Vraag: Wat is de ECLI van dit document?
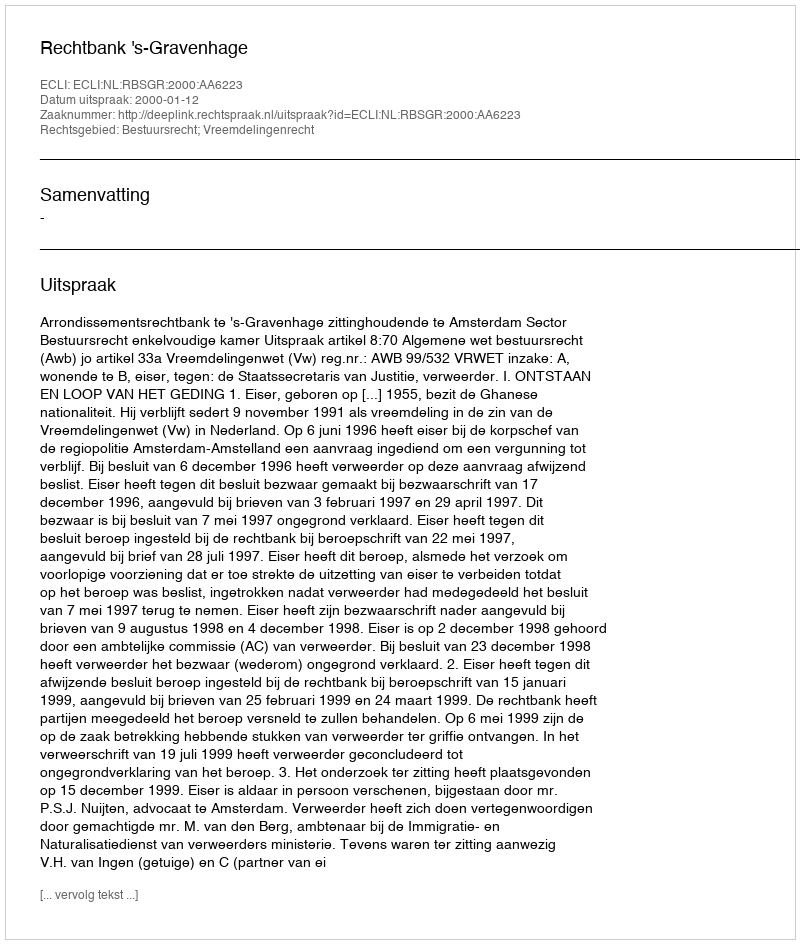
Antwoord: ECLI:NL:RBSGR:2000:AA6223